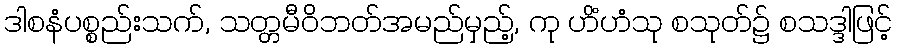
ဒါစနံပစ္စည်းသက်, သတ္တမီဝိဘတ်အမည်မှည့်, ကု ဟိံဟံသု စသုတ်၌ စသဒ္ဒါဖြင့်